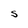
Character: S